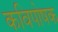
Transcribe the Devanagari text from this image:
कविपोषक